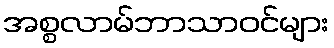
အစ္စလာမ်ဘာသာဝင်များ